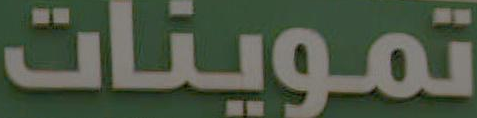
تموينات